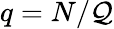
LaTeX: q=N/\mathcal{Q}